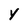
Character: Y